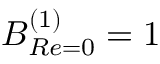
B _ { R e = 0 } ^ { ( 1 ) } = 1